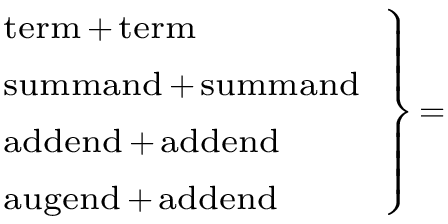
\scriptstyle \left. { \begin{array} { l } { \scriptstyle { \mathrm { t e r m } } \, + \, { \mathrm { t e r m } } } \\ { \scriptstyle { \mathrm { s u m m a n d } } \, + \, { \mathrm { s u m m a n d } } } \\ { \scriptstyle { \mathrm { a d d e n d } } \, + \, { \mathrm { a d d e n d } } } \\ { \scriptstyle { \mathrm { a u g e n d } } \, + \, { \mathrm { a d d e n d } } } \end{array} } \right\} \, =